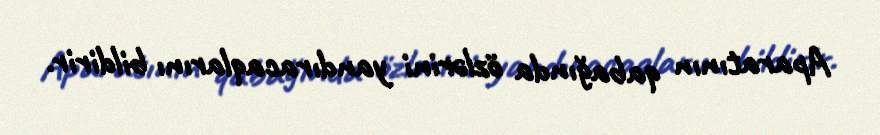
Aparatının qabağında özlərini yandıracaqlarını bildirir.